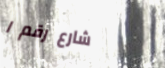
شارع رقم ١